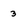
Character: 3